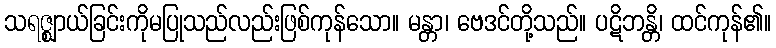
သရဇ္ဈာယ်ခြင်းကိုမပြုသည်လည်းဖြစ်ကုန်သော။ မန္တာ၊ ဗေဒင်တို့သည်။ ပဋိဘန္တိ၊ ထင်ကုန်၏။